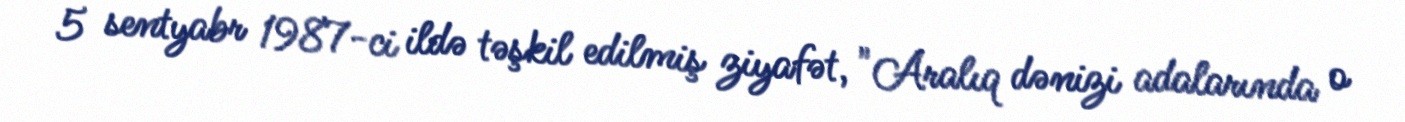
5 sentyabr 1987-ci ildə təşkil edilmiş ziyafət, "Aralıq dənizi adalarında o